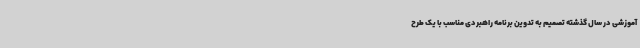
آموزشی در سال گذشته تصمیم به تدوین برنامه راهبردی مناسب با یک طرح